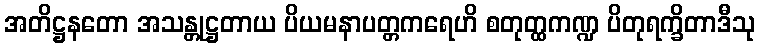
အတိဋ္ဌနတော အသန္တုဋ္ဌတာယ ပိယမနာပတ္တကရေဟိ စတုတ္ထကဏ္ဍ ပိတုရက္ခိတာဒီသု